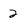
Character: 2